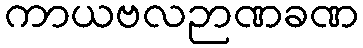
ကာယဗလဉာဏခဏ